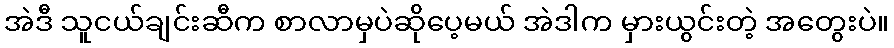
အဲဒီ သူငယ်ချင်းဆီက စာလာမှပဲဆိုပေ့မယ် အဲဒါက မှားယွင်းတဲ့ အတွေးပဲ။